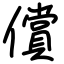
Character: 償